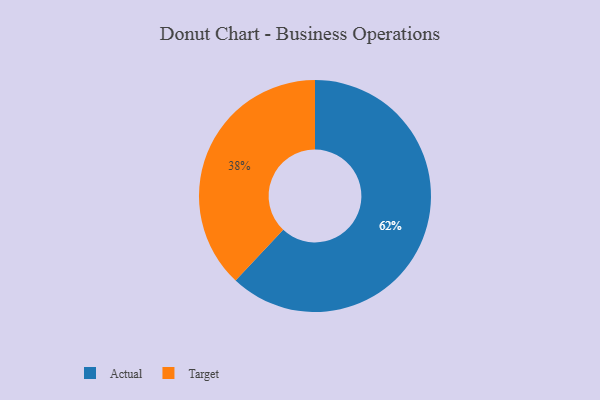
{"axis": {"x": "Category", "y": "Percentage"}, "legend": ["Actual", "Target"], "data": [{"x": "Target", "y": 38, "type": "Target"}, {"x": "Actual", "y": 62, "type": "Actual"}]}